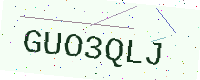
Text: GUO3QLJ